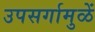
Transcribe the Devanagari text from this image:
उपसर्गामुळें